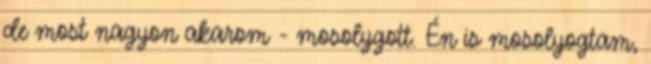
de most nagyon akarom - mosolygott. Én is mosolyogtam,